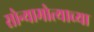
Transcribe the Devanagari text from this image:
सोन्यामोत्याच्या